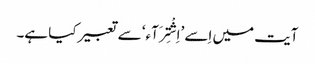
آیت میں اِسے ’اِشْتِرَآء‘ سے تعبیر کیا ہے۔